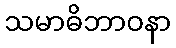
သမာဓိဘာဝနာ